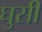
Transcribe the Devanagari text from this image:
घुसीं